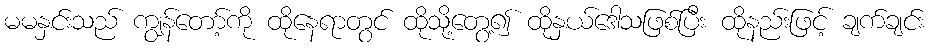
မမနှင်းသည် ကျွန်တော့်ကို ထိုနေရာတွင် ထိုသို့တွေ့၍ ထိုနှယ်ဒေါသဖြစ်ပြီး ထိုနည်းဖြင့် ချက်ချင်း